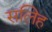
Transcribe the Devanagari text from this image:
सलिह